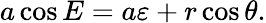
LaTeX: a\cos E=a\varepsilon+r\cos\theta.